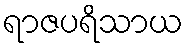
ရာဇပရိသာယ